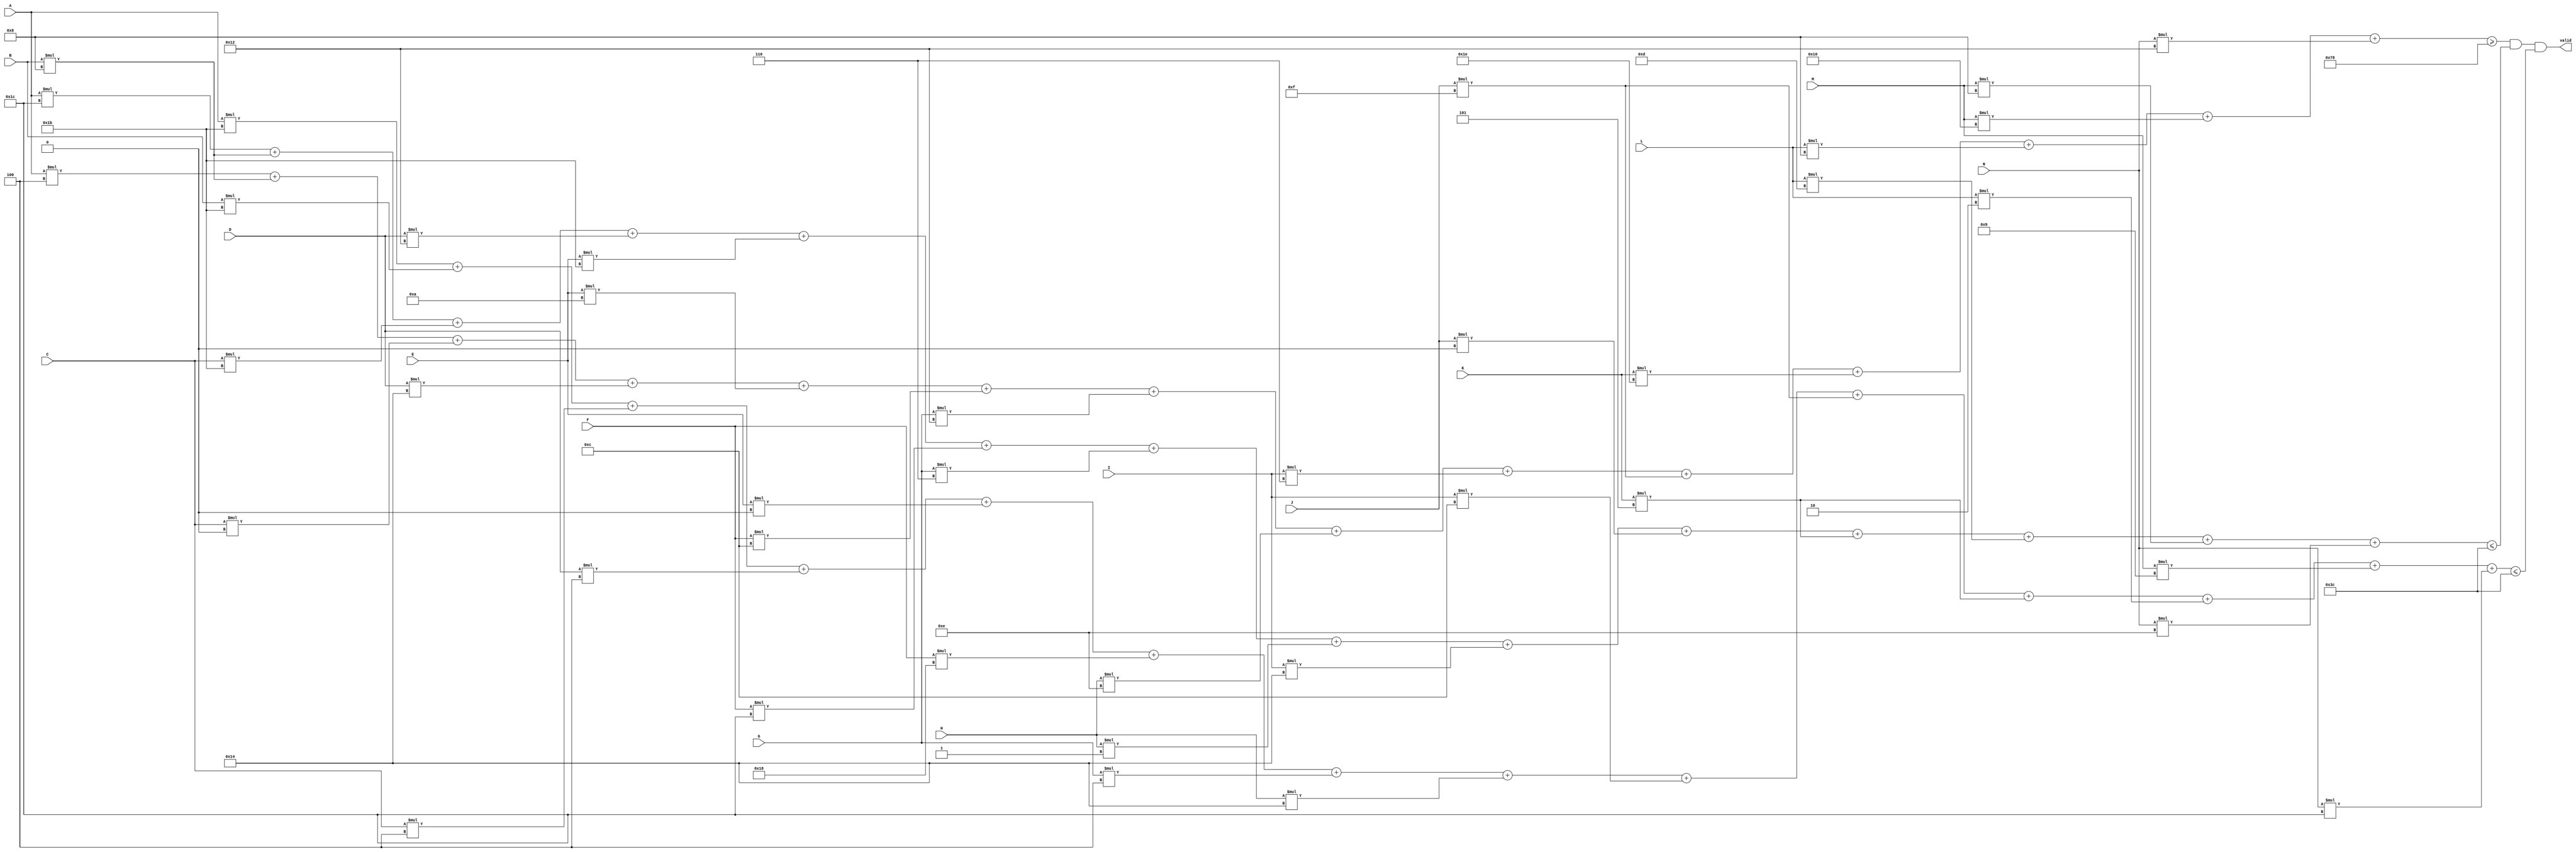
module var14_multi (A, B, C, D, E, F, G, H, I, J, K, L, M, N, valid);
    input A, B, C, D, E, F, G, H, I, J, K, L, M, N;
    output valid;

    wire [7:0] min_value = 8'd120;
    wire [7:0] max_weight = 8'd60;
    wire [7:0] max_volume = 8'd60;
wire [7:0]  total_value = 
        A * 8'd4
      + B * 8'd8
      + C * 8'd0
      + D * 8'd20
      + E * 8'd10
      + F * 8'd12
      + G * 8'd18
      + H * 8'd14
      + I * 8'd6
      + J * 8'd15
      + K * 8'd30
      + L * 8'd8
      + M * 8'd16
      + N * 8'd18;

    wire [7:0]  total_weight = 
        A * 8'd28
      + B * 8'd8
      + C * 8'd27
      + D * 8'd18
      + E * 8'd27
      + F * 8'd28
      + G * 8'd6
      + H * 8'd1
      + I * 8'd20
      + J * 8'd0
      + K * 8'd5
      + L * 8'd13
      + M * 8'd8
      + N * 8'd14;

    wire [7:0]  total_volume = 
        A * 8'd27
      + B * 8'd27
      + C * 8'd4
      + D * 8'd4
      + E * 8'd0
      + F * 8'd24
      + G * 8'd4
      + H * 8'd20
      + I * 8'd12
      + J * 8'd15
      + K * 8'd5
      + L * 8'd2
      + M * 8'd9
      + N * 8'd28;

assign valid = ((total_value >= min_value) && (total_weight <= max_weight) && (total_volume <= max_volume));
endmodule